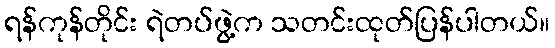
ရန်ကုန်တိုင်း ရဲတပ်ဖွဲ့က သတင်းထုတ်ပြန်ပါတယ်။